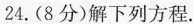
24.(8分)解下列方程.